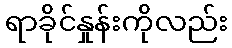
ရာခိုင်နှုန်းကိုလည်း